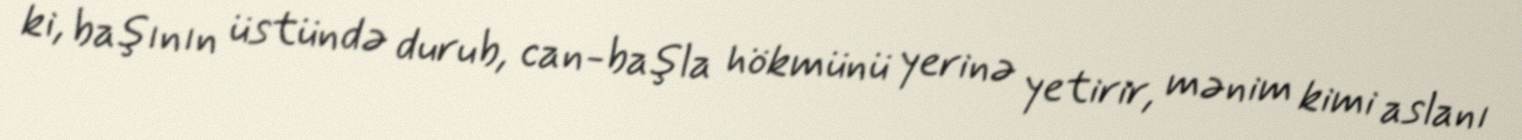
ki, başının üstündə durub, can-başla hökmünü yerinə yetirir, mənim kimi aslanı